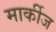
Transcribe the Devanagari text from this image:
मार्कीज